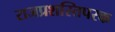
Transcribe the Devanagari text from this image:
राजप्रशस्तिपरक